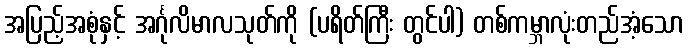
အပြည့်အစုံနှင့် အင်္ဂုလိမာလသုတ်ကို (ပရိတ်ကြီး တွင်ပါ) တစ်ကမ္ဘာလုံးတည်အံ့သော